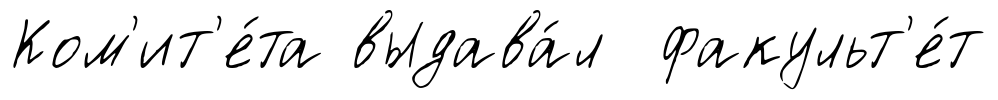
Ком'ит'е́та выдава́л факульт'е́т